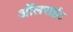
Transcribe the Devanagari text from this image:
ऑलराईट